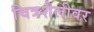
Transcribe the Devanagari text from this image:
चित्रशैलीवर